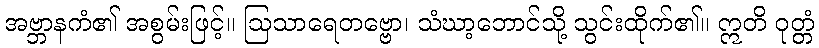
အဗ္ဘာနကံ၏ အစွမ်းဖြင့်။ ဩသာရေတဗ္ဗော၊ သံဃာ့ဘောင်သို့ သွင်းထိုက်၏။ ဣတိ ဝုတ္တံ